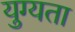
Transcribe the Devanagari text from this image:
युग्यता